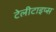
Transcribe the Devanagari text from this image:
टेलीटाइप्स